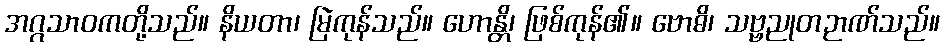
အဂ္ဂသာဝကတို့သည်။ နိယတာ၊ မြဲကုန်သည်။ ဟောန္တိ၊ ဖြစ်ကုန်၏။ ဗောဓိ၊ သဗ္ဗညုတဉာဏ်သည်။